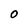
Character: O